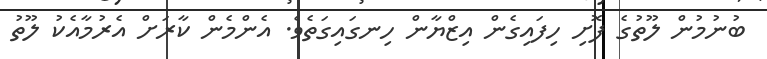
ބުނުމުން ލޫތުގެ ފޮށި ހިފައިގެން އިޒްޔާން ހިނގައިގަތެވެ. އެންމެން ކާރަށް އެރުމާއެކު ލޫތު